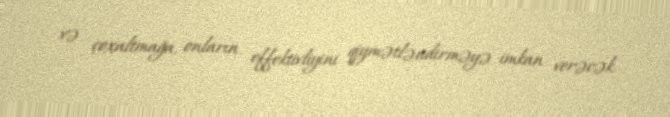
və çoxaltmağa, onların effektivliyini qiymətləndirməyə imkan verəcək.